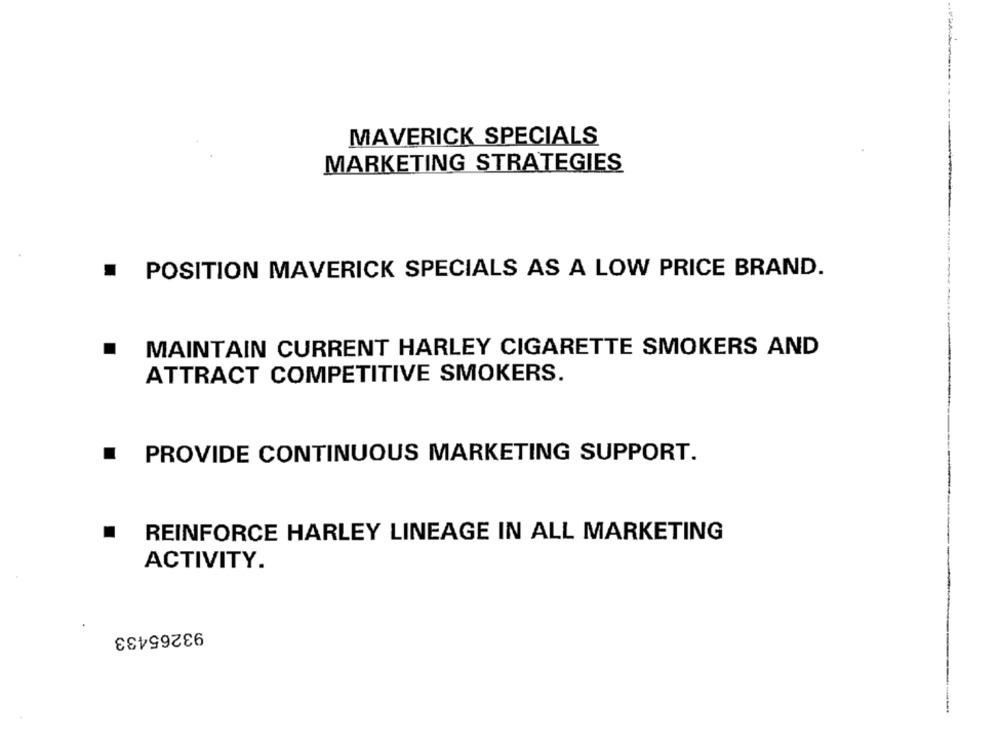
MAVERICK SPECIALS
MARKETING STRATEGIES
POSITION MAVERICK SPECIALS AS A LOW PRICE BRAND.
.
MAINTAIN CURRENT HARLEY CIGARETTE SMOKERS AND
ATTRACT COMPETITIVE SMOKERS.
.
PROVIDE CONTINUOUS MARKETING SUPPORT.
.
REINFORCE HARLEY LINEAGE IN ALL MARKETING
ACTIVITY.
93265433